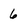
Character: 6